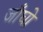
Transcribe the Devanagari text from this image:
जाँघो